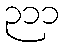
၃၁၁